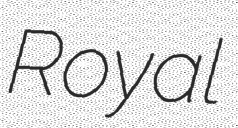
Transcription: Royal